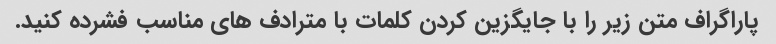
پاراگراف متن زیر را با جایگزین کردن کلمات با مترادف های مناسب فشرده کنید.